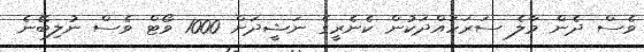
ވެސް ދެން މާލެ ސަރަހައްދަކުން ކެނެރީގެ ނަޝީދަށް 1000 ވޯޓް ވެސް ނުލިބޭނެ